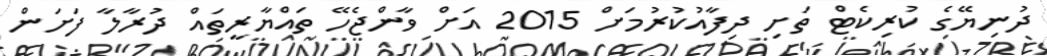
ދުނިޔޭގެ ކުރިކެޓް ތަށި ދިފާއުކުރުމަށް 2015 އަށް ވާންޖެހޭ ތައްޔާރީތައް ދުރާލާ ފަށަން